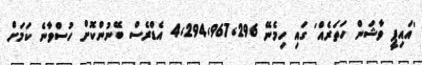
'އައިޕީ ވާޝަން ހަތަރެއް' ގައި ހިމެނޭ 4